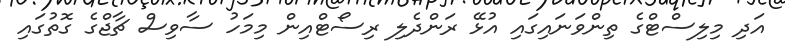
އަދި މިލިސްޓްގެ ތިންވަނައިގައި އުޅޭ ރަންދެލި ރިސޯޓްއިން މިމަހު ސާވިސް ޗާޖްގެ ގޮތުގައި